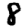
Digit: 8